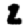
Digit: 2